Leaving Certificate Examination, 1906
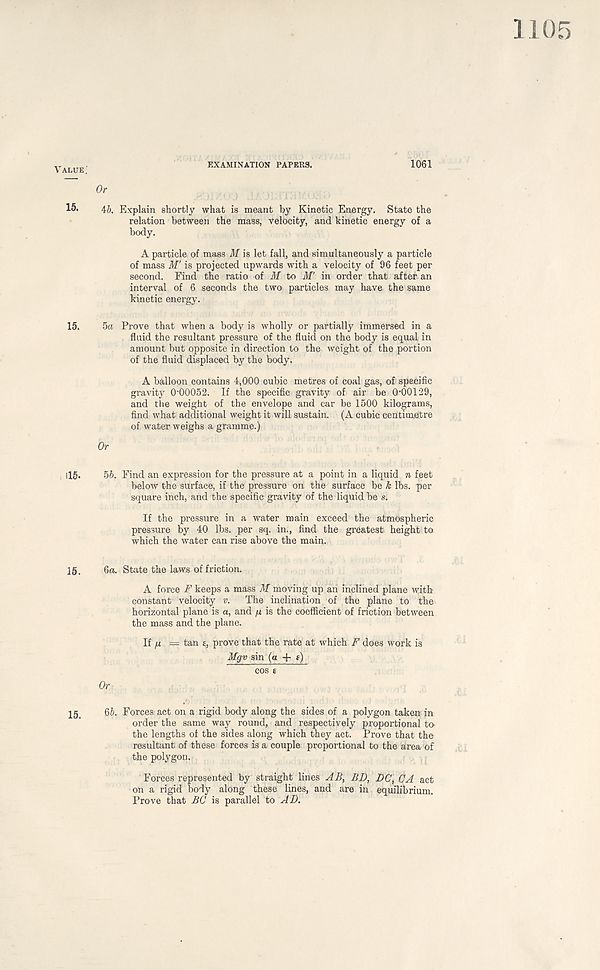
1105
^L UE .
EXAMINATION PAPERS.
1061
Or
15* 46. Explain shortly what is meant by Kinetic Energy. State the
relation between the mass, velocity, and kinetic energy of a
body.
A particle of mass M is let fall, and simultaneously a particle
of mass M' is projected upwards with a velocity of 96 feet per
second. Find the ratio of M to M' in order that after an
interval of 6 seconds the two particles may have the same
kinetic energy.
15. 5a Prove that when a body is wholly or partially immersed in a
fluid the resultant pressure of the fluid on the body is equal in
amount but opposite in direction to the weight of the portion
of the fluid displaced by the body.
A balloon contains 4,000 cubic metres of coal gas, of specific
gravity 0‘00052. If the specific gravity of air be 0 , 00129,
and the weight of the envelope and car be 1500 kilograms,
find what additional weight it will sustain. (A cubic centimetre
of water weighs a gramme.)
Or
115. 56. Find an expression for the pressure at a point in a liquid n feet
below the surface, if the pressure on the surface be k lbs. per
square inch, and the specific gravity of the liquid be s.
If the pressure in a water main exceed the atmospheric
pressure by 40 lbs. per sq. in., find the greatest height to
which the water can rise above the main.
15. 6a. State the laws of friction.
A force F keeps a mass M moving up an inclined plane with
constant velocity v. The inclination of the plane to the
horizontal plane is a, and n is the coefficient of friction between
the mass and the plane.
If = tan £, prove that the rate at which F does work is
Mgv sin (a + f)
cos e
Or
15. 66. Forces act on a rigid body along the sides of a polygon taken in
order the same way round, and respectively proportional to
the lengths of the sides along which they act. Prove that the
resultant of these forces is a couple proportional to the area of
the polygon.
Forces represented by straight lines AB, BD, DC, CA act
on a rigid body along these lines, and are in equilibrium.
Prove that BC is parallel to AD.